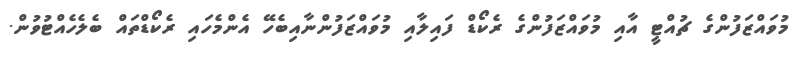
މުވައްޒަފުންގެ ޗުއްޓީ އާއި މުވައްޒަފުންގެ ރެކޯޑް ފައިލާއި މުވައްޒަފުންނާއިބެހޭ އެންމެހައި ރެކޯޑްތައް ބެލެހެއްޓުވުން.